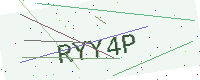
Text: RYY4P